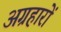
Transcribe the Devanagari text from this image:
अग्रहारों